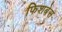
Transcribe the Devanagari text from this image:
फिशबेस